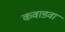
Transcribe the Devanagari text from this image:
कवाडवा